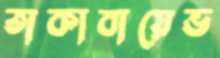
তাকাবায়েভ